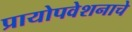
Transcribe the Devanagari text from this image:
प्रायोपवेशनाचे